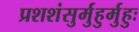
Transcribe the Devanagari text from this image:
प्रशशंसुर्मुहुर्मुहुः